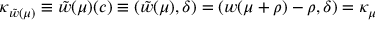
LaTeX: \kappa _ { \tilde { w } ( \mu ) } \equiv \tilde { w } ( \mu ) ( c ) \equiv ( \tilde { w } ( \mu ) , \delta ) = ( w ( \mu + \rho ) - \rho , \delta ) = \kappa _ { \mu }